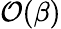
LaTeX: \mathcal{O}(\beta)